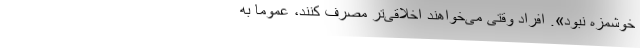
خوشمزه نبود». افراد وقتی می‌خواهند اخلاقی‌تر مصرف کنند، عموماً به